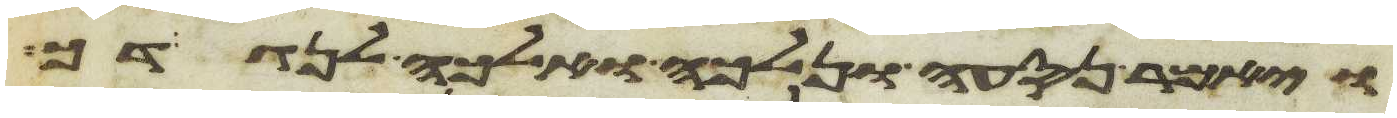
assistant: ויאמר נסעה ונלכה ואלכה לנגדך